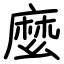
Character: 麼